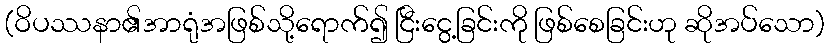
(ဝိပဿနာ၏အာရုံအဖြစ်သို့ရောက်၍ ငြီးငွေ့ခြင်းကို ဖြစ်စေခြင်းဟု ဆိုအပ်သော)